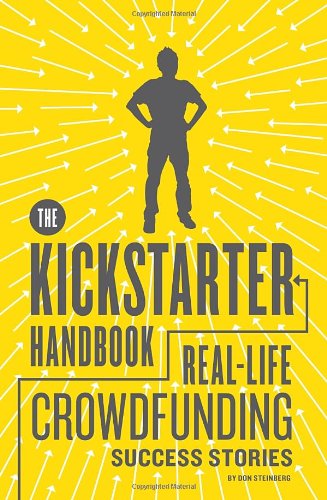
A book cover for The Kickstarter Handbook: Real-Life Success Stories of Artists, Inventors, and Entrepreneurs; Don Steinberg; Computers & Technology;